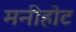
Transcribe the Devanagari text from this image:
मनीहोट